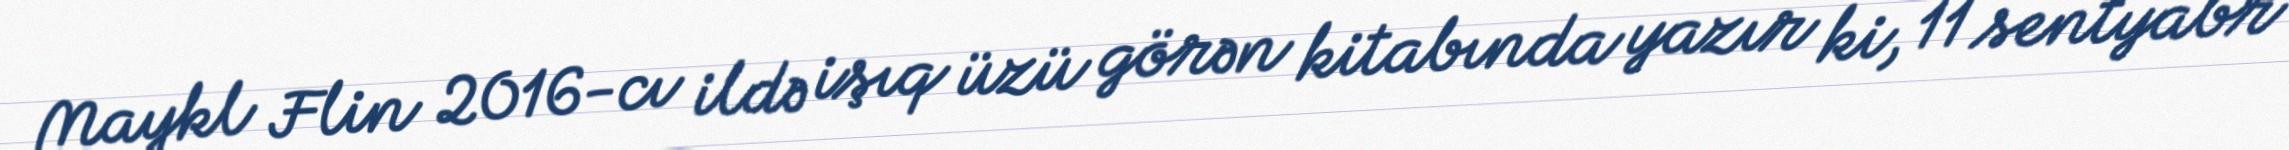
Maykl Flin 2016-cı ildə işıq üzü görən kitabında yazır ki, 11 sentyabr